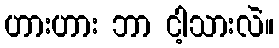
ဟားဟား ဘာ ငါ့သားလဲ။